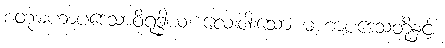
စတုမဟာပဒေသာဝိရုဒ္ဓါယ၊ လေးပါးသော မဟာပဒေသတို့နှင့်